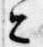
今